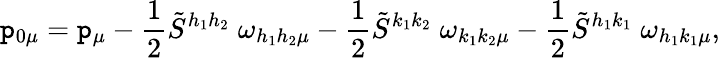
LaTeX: \mathtt{p}_{0\mu}=\mathtt{p}_{\mu}-\frac{{1}}{{2}}\tilde{{S}}^{h_{1}h_{2}}\; \omega_{h_{1}h_{2}\mu}-\frac{{1}}{{2}}\tilde{{S}}^{k_{1}k_{2}}\; \omega_{k_{1}k_{2}\mu}-\frac{{1}}{{2}}\tilde{{S}}^{h_{1}k_{1}}\; \omega_{h_{1}k_{1}\mu},